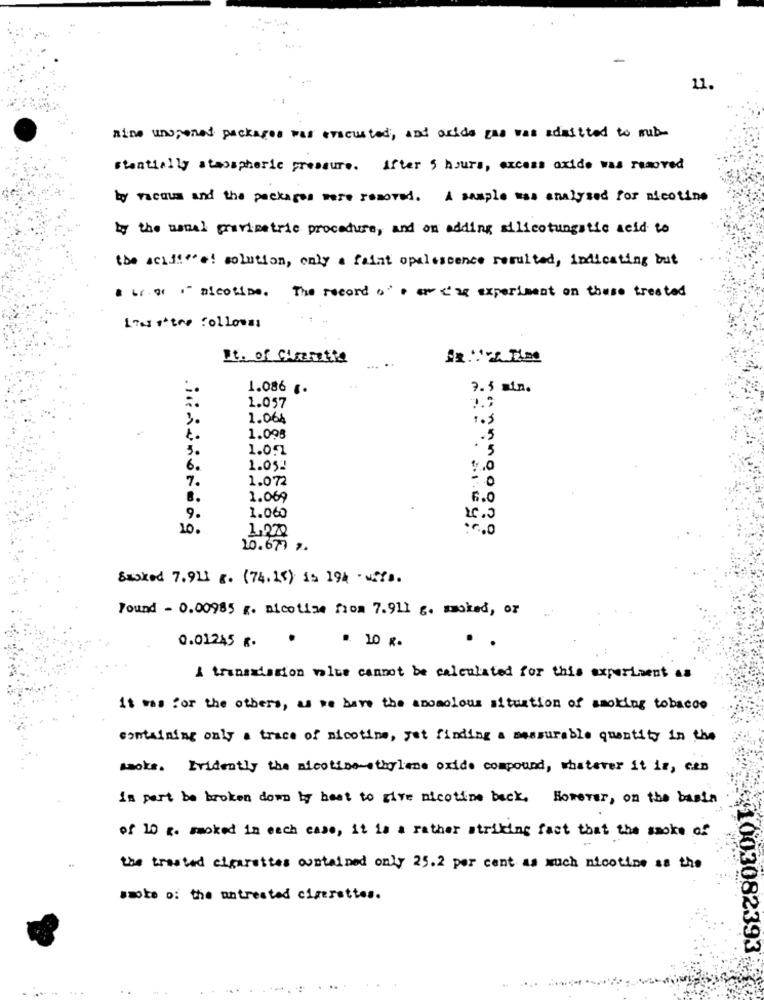
11.
Rine unopened packages was executed, and acids pas was admitted to mik
stentially atmospheric pressure. After 5 hours, excess oxide was removed
by vacuum and the packages were removed. A sample was analysed for nicotine
by the usual gravimetric procedure, and on adding silicotungstic acid to
the self"o! solution, only a faint opalescence resulted, indicating but
ifiori nicotine. The record o" arc'a experiment on these treated
L'astro followss
It. of Charette
1.086 .
3.5 min.
1.057
3.
1.064
1.
1.098
.5
3.
1.057
.5
6.
1.052
7.
1.072
8.
1.069
6.0
1.060
9.
10.
1,270
10.677 ;.
Basked 7.911 g. (74.15) is 194 . Miffs.
Found - 0.00985 g. nicotine from 7.911 g. moked, or
.
0.01245 R.
. 10 g.
& transmission weise cannot be calculated for this experiment as
it was for the others, as we have the anomolous situation of smoking tobacco
containing only a trace of nicotine, yet finding a measurable quantity in the
smoke. Evidently the nicotine-ethylene oxide compound, whatever it is, can
is part be broken down by heat to give nicotine back. However, on the basis
of 10 g. smoked in each case, it is a rather striking fact that the smoke of
the trasted cigarettes oustained only 25.2 per cent as much nicotine as the
smote o: the untreated cizerettes.
1003082393